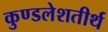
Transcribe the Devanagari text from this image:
कुण्डलेशतीर्थ